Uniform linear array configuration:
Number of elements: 4
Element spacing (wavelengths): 0.25
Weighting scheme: cosine
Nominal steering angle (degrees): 30
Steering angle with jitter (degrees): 28.804
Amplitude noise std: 0.05
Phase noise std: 0.05

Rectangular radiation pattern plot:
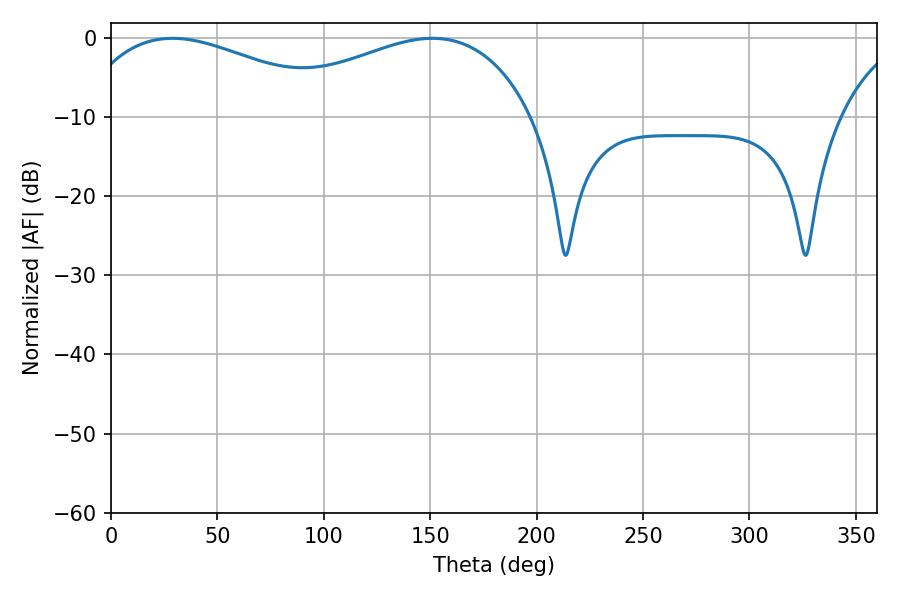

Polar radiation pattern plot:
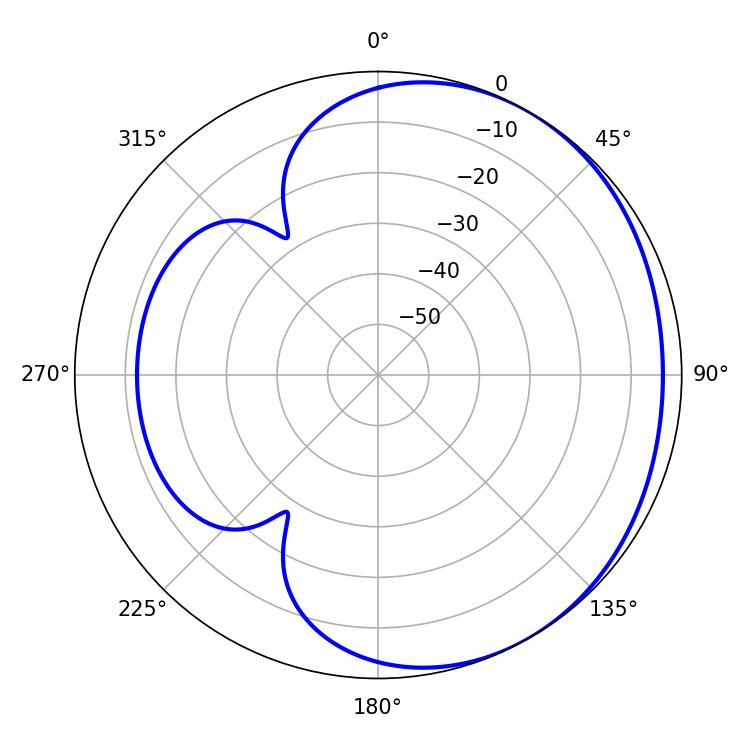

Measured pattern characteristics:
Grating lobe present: FALSE
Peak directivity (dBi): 2.052
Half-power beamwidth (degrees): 71.28
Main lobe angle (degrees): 28.98